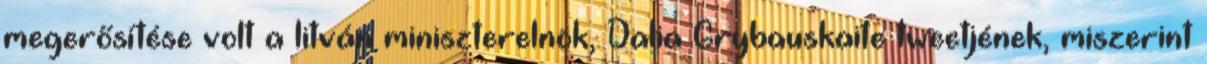
megerősítése volt a litván miniszterelnök, Dalia Grybauskaite tweetjének, miszerint